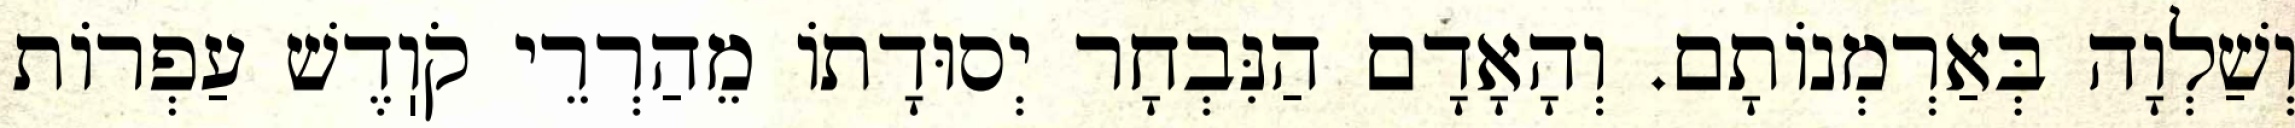
וְשַׁלְוָה בְּאַרְמְנוֹתָם. וְהָאָדָם הַנִּבְחָר יְסוּדָתוֹ מֵהַרְרֵי קֹוֽדֶשׁ עַפְרוֹת